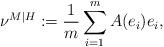
LaTeX: \begin{align*}\nu^{M|H} := \frac{1}{m} \sum_{i=1}^{m} A(e_i)e_i,\end{align*}